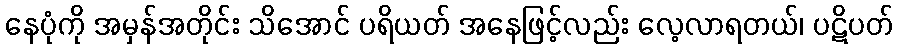
နေပုံကို အမှန်အတိုင်း သိအောင် ပရိယတ် အနေဖြင့်လည်း လေ့လာရတယ်၊ ပဋိပတ်